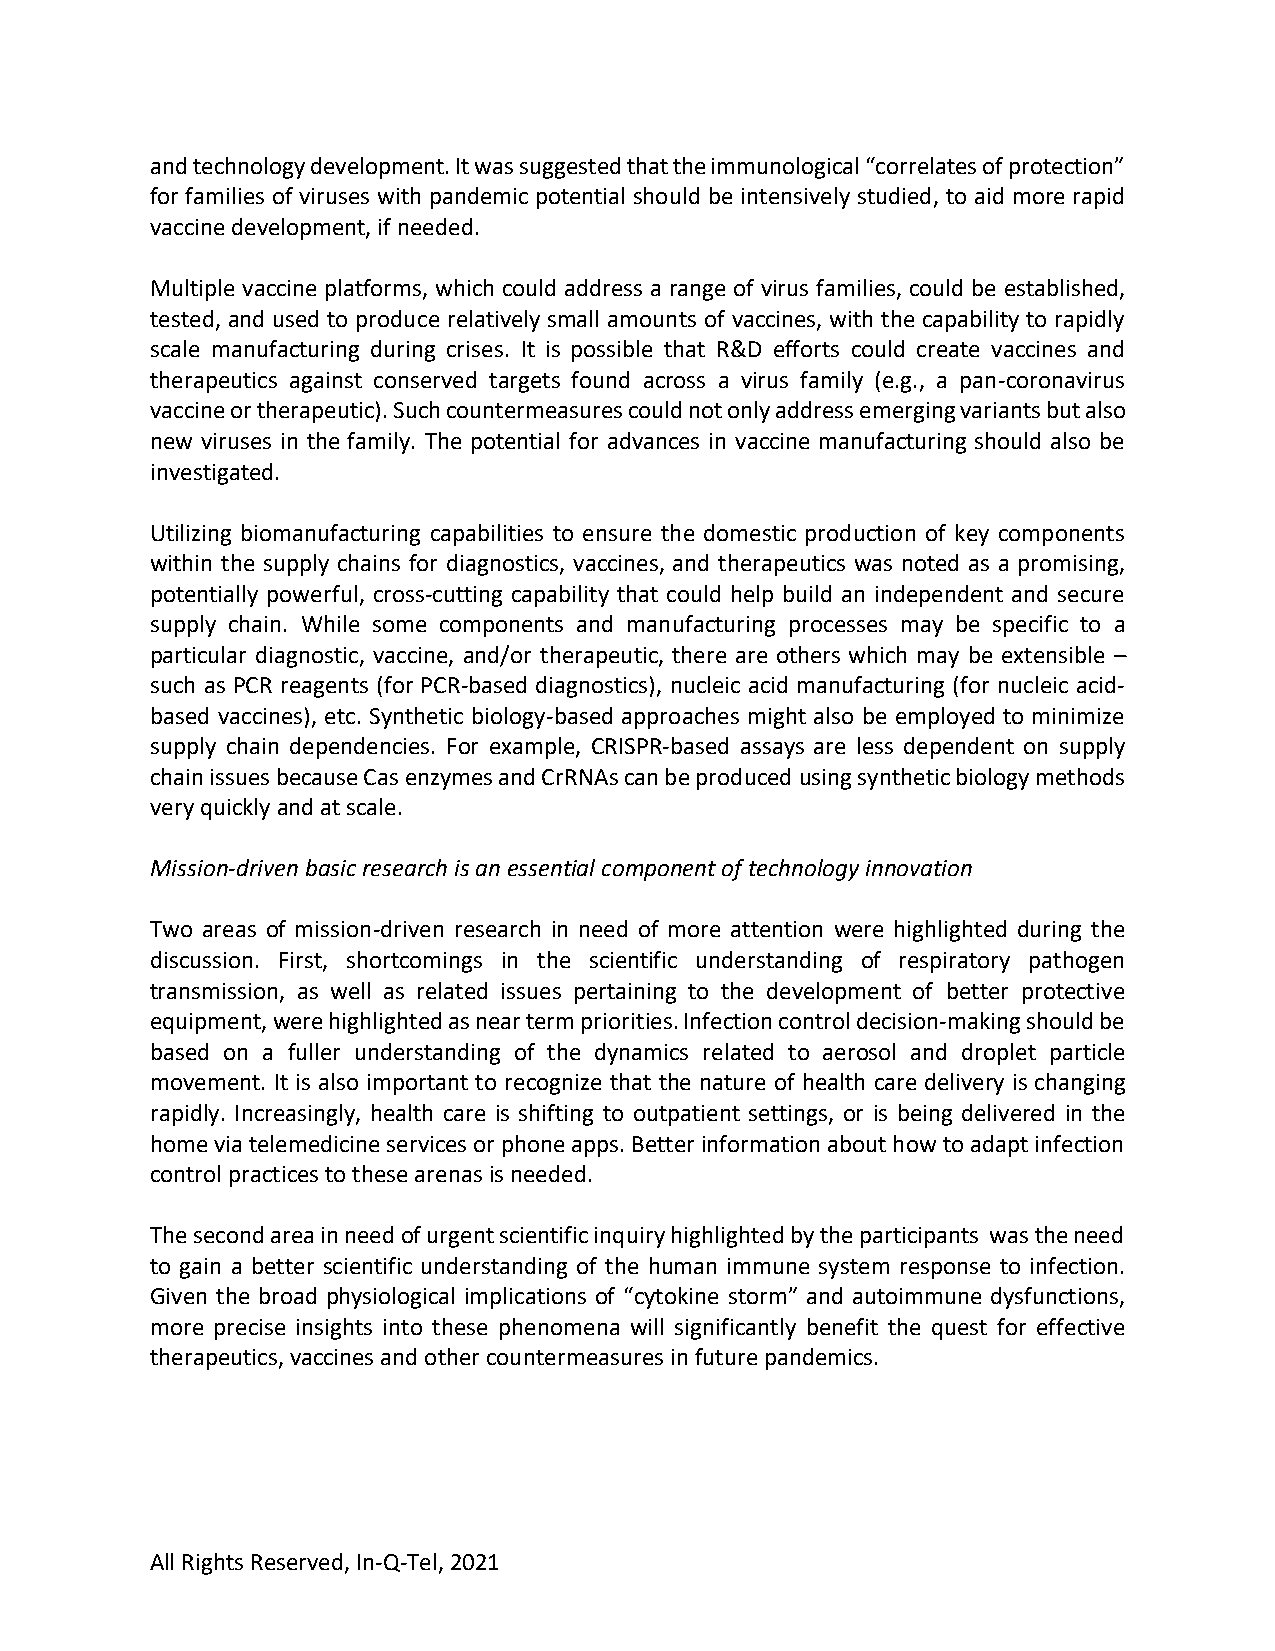
and technology development. It was suggested that the immunological “correlates of protection”
 for families of viruses with pandemic potential should be intensively studied, to aid more rapid
 vaccine development, if needed.
 Multiple vaccine platforms, which could address a range of virus families, could be established,
 tested, and used to produce relatively small amounts of vaccines, with the capability to rapidly
 scale manufacturing during crises. It is possible that R&D efforts could create vaccines and
 therapeutics against conserved targets found across a virus family (e.g., a pan-coronavirus
 vaccine or therapeutic). Such countermeasures could not only address emerging variants but also
 new viruses in the family. The potential for advances in vaccine manufacturing should also be
 investigated.
 Utilizing biomanufacturing capabilities to ensure the domestic production of key components
 within the supply chains for diagnostics, vaccines, and therapeutics was noted as a promising,
 potentially powerful, cross-cutting capability that could help build an independent and secure
 supply chain. While some components and manufacturing processes may be specific to a
 particular diagnostic, vaccine, and/or therapeutic, there are others which may be extensible –
 such as PCR reagents (for PCR-based diagnostics), nucleic acid manufacturing (for nucleic acid-
 based vaccines), etc. Synthetic biology-based approaches might also be employed to minimize
 supply chain dependencies. For example, CRISPR-based assays are less dependent on supply
 chain issues because Cas enzymes and CrRNAs can be produced using synthetic biology methods
 very quickly and at scale.
 Mission-driven basic research is an essential component of technology innovation
 Two areas of mission-driven research in need of more attention were highlighted during the
 discussion. First, shortcomings in the scientific understanding of respiratory pathogen
 transmission, as well as related issues pertaining to the development of better protective
 equipment, were highlighted as near term priorities. Infection control decision-making should be
 based on a fuller understanding of the dynamics related to aerosol and droplet particle
 movement. It is also important to recognize that the nature of health care delivery is changing
 rapidly. Increasingly, health care is shifting to outpatient settings, or is being delivered in the
 home via telemedicine services or phone apps. Better information about how to adapt infection
 control practices to these arenas is needed.
 The second area in need of urgent scientific inquiry highlighted by the participants was the need
 to gain a better scientific understanding of the human immune system response to infection.
 Given the broad physiological implications of “cytokine storm” and autoimmune dysfunctions,
 more precise insights into these phenomena will significantly benefit the quest for effective
 therapeutics, vaccines and other countermeasures in future pandemics.
 All Rights Reserved, In-Q-Tel, 2021